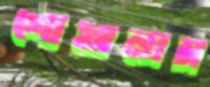
শোখালাম